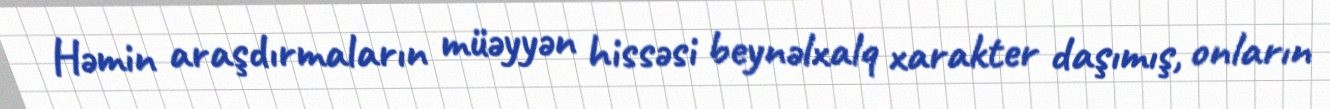
Həmin araşdırmaların müəyyən hissəsi beynəlxalq xarakter daşımış, onların